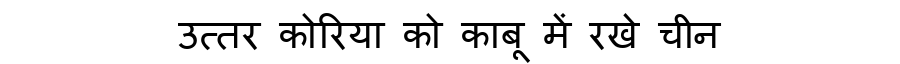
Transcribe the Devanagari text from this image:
उत्तर कोरिया को काबू में रखे चीन